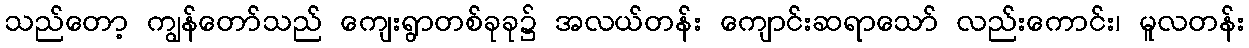
သည်တော့ ကျွန်တော်သည် ကျေးရွာတစ်ခုခု၌ အလယ်တန်း ကျောင်းဆရာသော် လည်းကောင်း၊ မူလတန်း